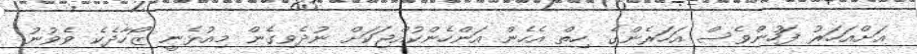
އަށްއަހަރު ފަހުންވެސް އަހަރެންގެ ހިތް އެހެން އަންހެންކުއްޖަކަށް ނުދެވިގެން މިއުޅެނީ ޒޯހާދެކެ ވެވުނު